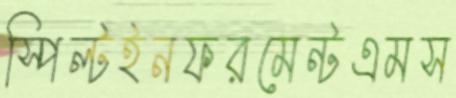
স্পিল্টইনফরমেন্টএমস